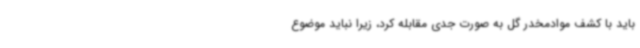
باید با کشف موادمخدر گل به ‌صورت جدی مقابله کرد، زیرا نباید موضوع